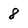
Character: 8